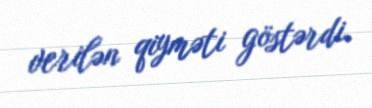
verilən qiyməti göstərdi.